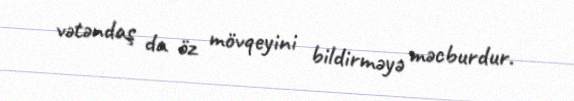
vətəndaş da öz mövqeyini bildirməyə məcburdur.